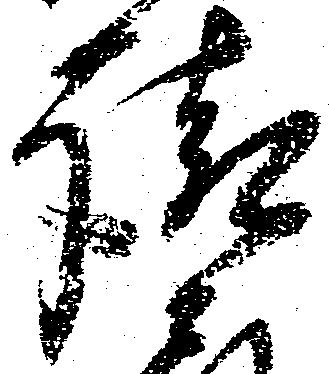
請